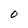
Character: O